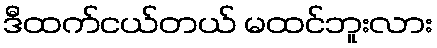
ဒီထက်ငယ်တယ် မထင်ဘူးလား